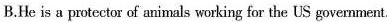
B.He is a pmtectoar of animals wrking for the US government.